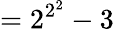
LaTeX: ={2^{2^{2}}}-3